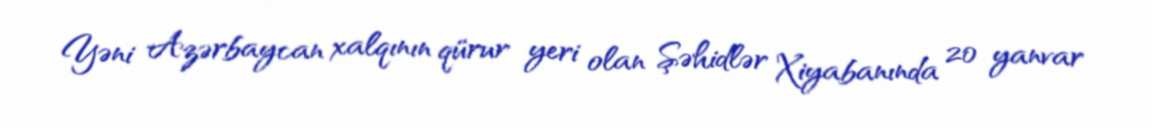
Yəni Azərbaycan xalqının qürur yeri olan Şəhidlər Xiyabanında 20 yanvar